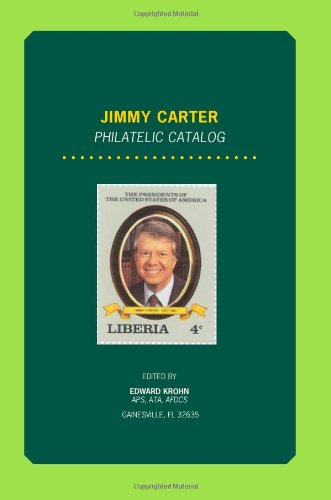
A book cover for Jimmy Carter Philatelic Catalogue; edward krohn; Crafts, Hobbies & Home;